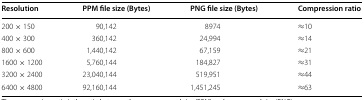
<table><thead><tr><td><b>Resolution</b></td><td><b>PPM file size (Bytes)</b></td><td><b>PNG file size (Bytes)</b></td><td><b>Compression ratio</b></td></tr></thead><tbody><tr><td>200 × 150</td><td>90,142</td><td>8974</td><td>≈10</td></tr><tr><td>400 × 300</td><td>360,142</td><td>24,994</td><td>≈14</td></tr><tr><td>800 × 600</td><td>1,440,142</td><td>67,159</td><td>≈21</td></tr><tr><td>1600 × 1200</td><td>5,760,144</td><td>184,827</td><td>≈31</td></tr><tr><td>3200 × 2400</td><td>23,040,144</td><td>519,951</td><td>≈44</td></tr><tr><td>6400 × 4800</td><td>92,160,144</td><td>1,451,245</td><td>≈63</td></tr></tbody></table>